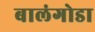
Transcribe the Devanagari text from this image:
बालंगोडा